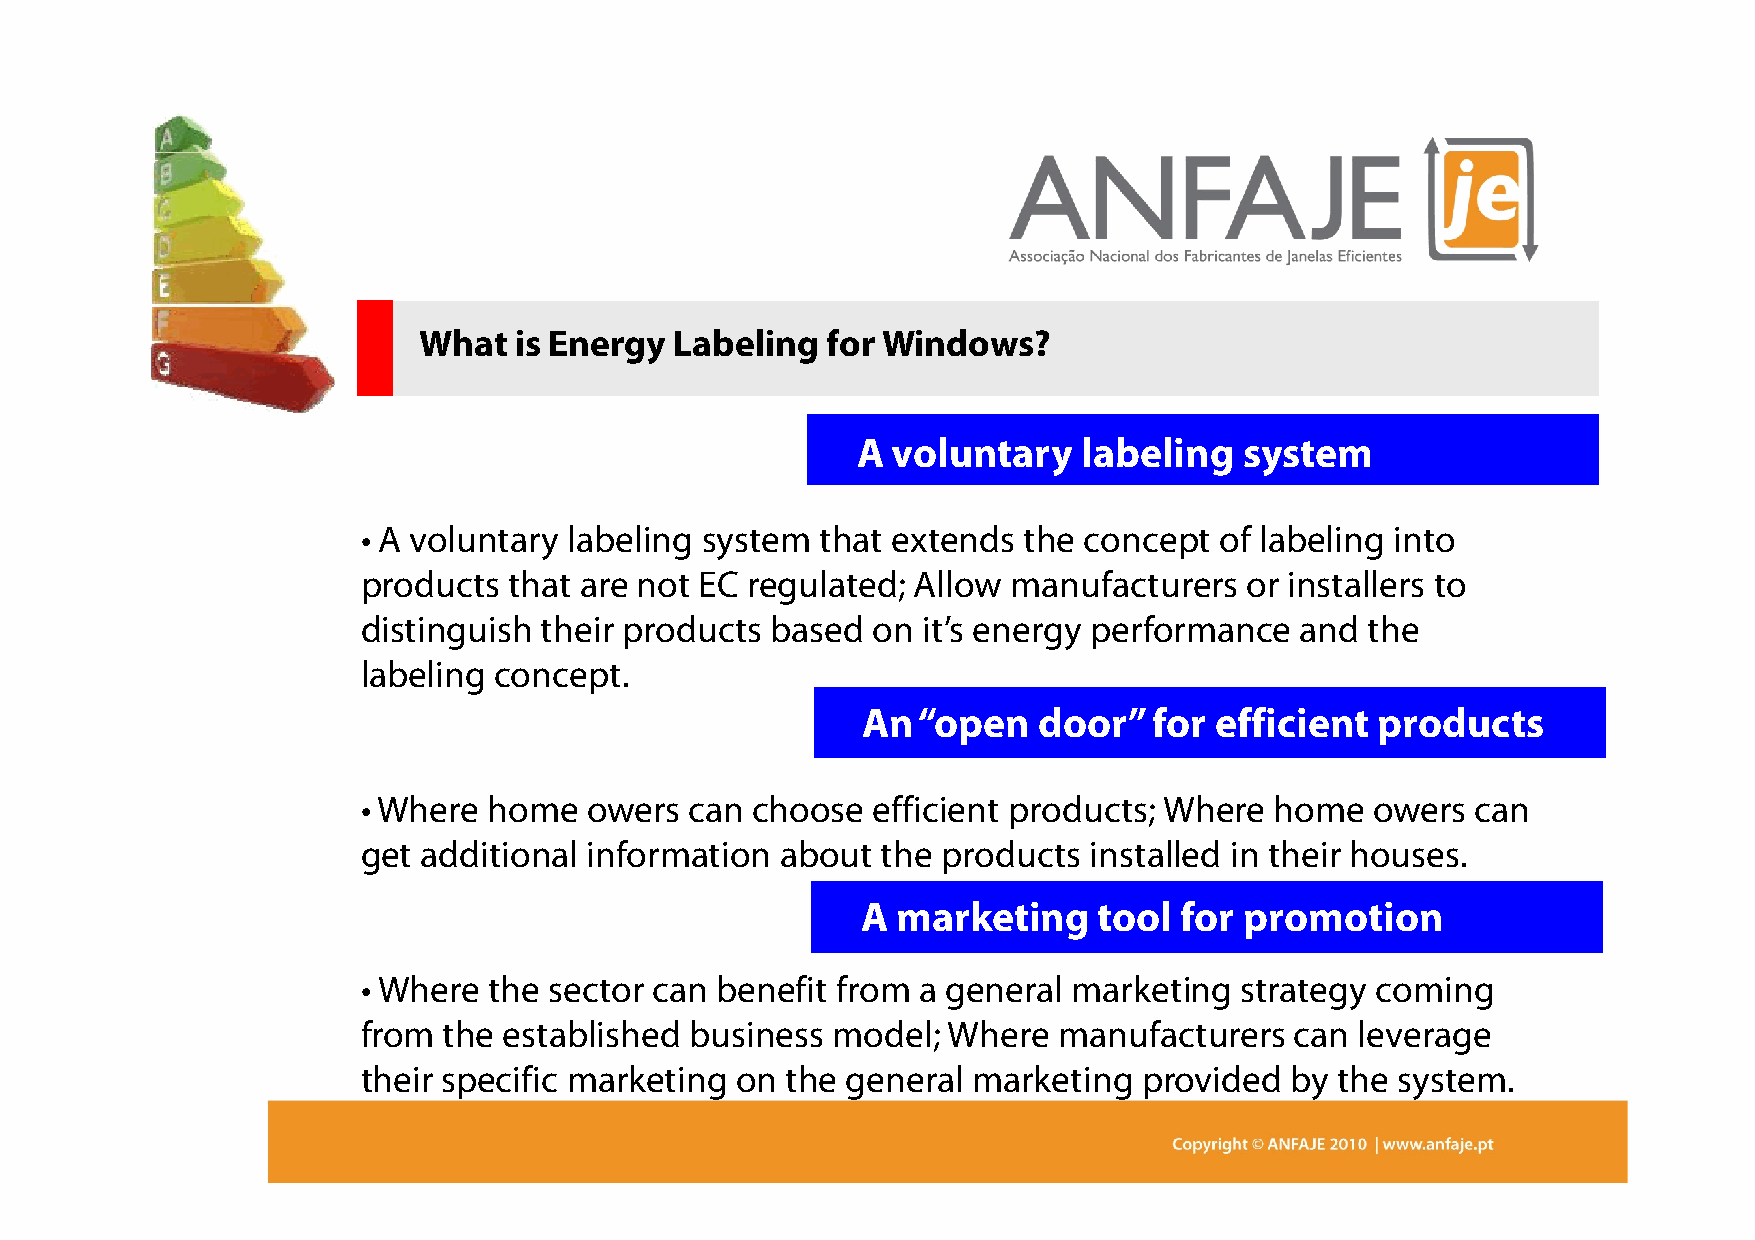
What  is Energy  Labeling  for Windows?
 A voluntary    labeling  system
 • A voluntary labeling system that extends  the concept  of labeling into
 products  that are not EC regulated; Allow manufacturers   or installers to
 ddiissttiinngguuiisshh tthheeiirr pprroodduuccttss bbaasseedd oonn iitt’’ss eenneerrggyy ppeerrffoorrmmaannccee aanndd tthhee
 labeling concept.
 An  “open   door”  for efficient  products
 • Where home   owers  can choose  efficient products; Where home   owers  can
 get additional information  about the products  installed in their houses.
 A marketing     tool for promotion
 • Where the sector can benefit from  a general marketing  strategy coming
 from the established  business model;  Where  manufacturers   can leverage
 their specific marketing on the general marketing   provided by  the system.